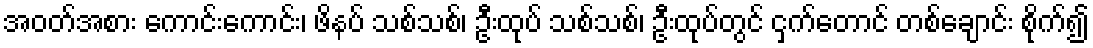
အဝတ်အစား ကောင်းကောင်း၊ ဖိနပ် သစ်သစ်၊ ဦးထုပ် သစ်သစ်၊ ဦးထုပ်တွင် ငှက်တောင် တစ်ချောင်း စိုက်၍